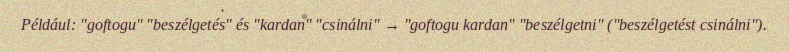
Például: "goftogu" "beszélgetés" és "kardan" "csinálni" → "goftogu kardan" "beszélgetni" ("beszélgetést csinálni").